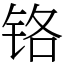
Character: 铬